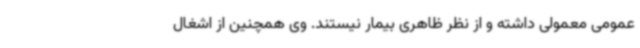
عمومی معمولی داشته و از نظر ظاهری بیمار نیستند. وی همچنین از اشغال